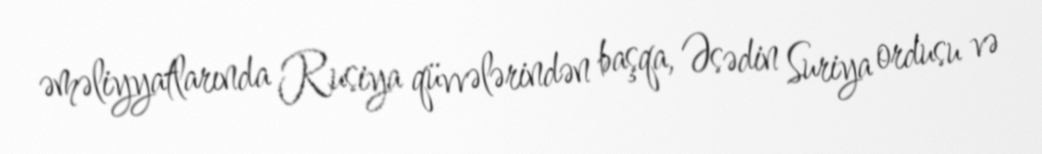
əməliyyatlarında Rusiya qüvvələrindən başqa, Əsədin Suriya ordusu və